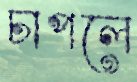
চাপলে